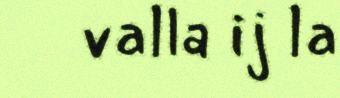
valla ij la